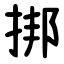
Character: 挷